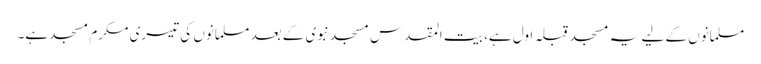
مسلمانوں کے لیے یہ مسجد قبلہ اول ہے، بیت المقدس مسجد نبوی کے بعد مسلمانوں کی تیسری مکرم مسجد ہے۔